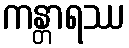
ကန္တာရဿ